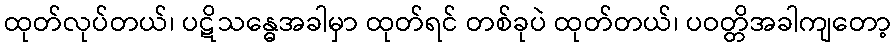
ထုတ်လုပ်တယ်၊ ပဋိသန္ဓေအခါမှာ ထုတ်ရင် တစ်ခုပဲ ထုတ်တယ်၊ ပဝတ္တိအခါကျတော့